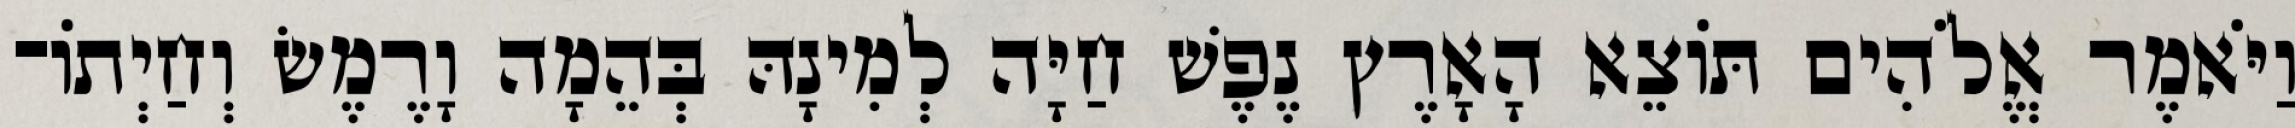
וַיֹּאמֶר אֱלֹהִים תֹּוצֵא הָאָרֶץ נֶפֶשׁ חַיָּה לְמִינָהּ בְּהֵמָה וָרֶמֶשׂ וְחַיְתֹו־